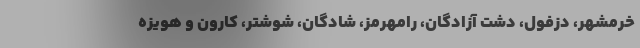
خرمشهر، دزفول، دشت آزادگان، رامهرمز، شادگان، شوشتر، کارون و هویزه